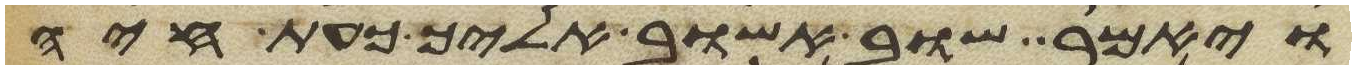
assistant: ויאמר שוב אשוב אליך כעת חיה